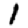
Digit: 1